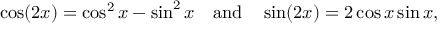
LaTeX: \cos ( 2 x ) = \cos ^ { 2 } x - \sin ^ { 2 } x \quad { \mathrm { a n d } } \quad \sin ( 2 x ) = 2 \cos x \sin x ,